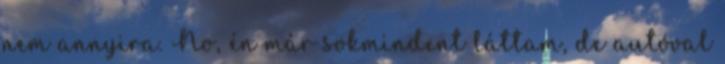
nem annyira. No, én már sokmindent láttam, de autóval